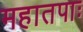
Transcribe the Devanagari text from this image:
महातपाः